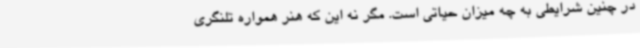
در چنین شرایطی به چه میزان حیاتی است. مگر نه این که هنر همواره تلنگری